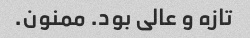
تازه و عالی بود. ممنون.